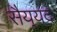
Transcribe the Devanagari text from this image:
सैय्‌यद